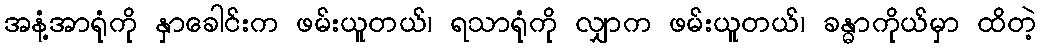
အနံ့အာရုံကို နှာခေါင်းက ဖမ်းယူတယ်၊ ရသာရုံကို လျှာက ဖမ်းယူတယ်၊ ခန္ဓာကိုယ်မှာ ထိတဲ့